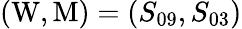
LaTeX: (\mathrm{W},\mathrm{M})=(S_{09},S_{03})